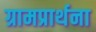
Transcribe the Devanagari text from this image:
ग्रामप्रार्थना